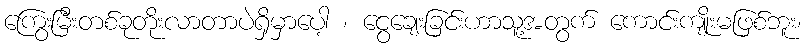
ကြွေးမြီးတစ်ခုတိုးလာတာပဲရှိမှာပေါ့ ၊ ငွေချေးခြင်းဟာသူ့အတွက် ကောင်းကျိုးမဖြစ်ဘူး၊